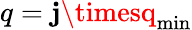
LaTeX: q=\mathbf{j}\timesq_{\mathrm{{min}}}